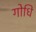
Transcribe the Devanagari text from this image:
गोधि